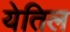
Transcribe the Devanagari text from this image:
येतिल